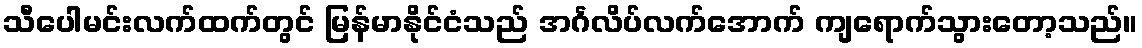
သီပေါမင်းလက်ထက်တွင် မြန်မာနိုင်ငံသည် အင်္ဂလိပ်လက်အောက် ကျရောက်သွားတော့သည်။